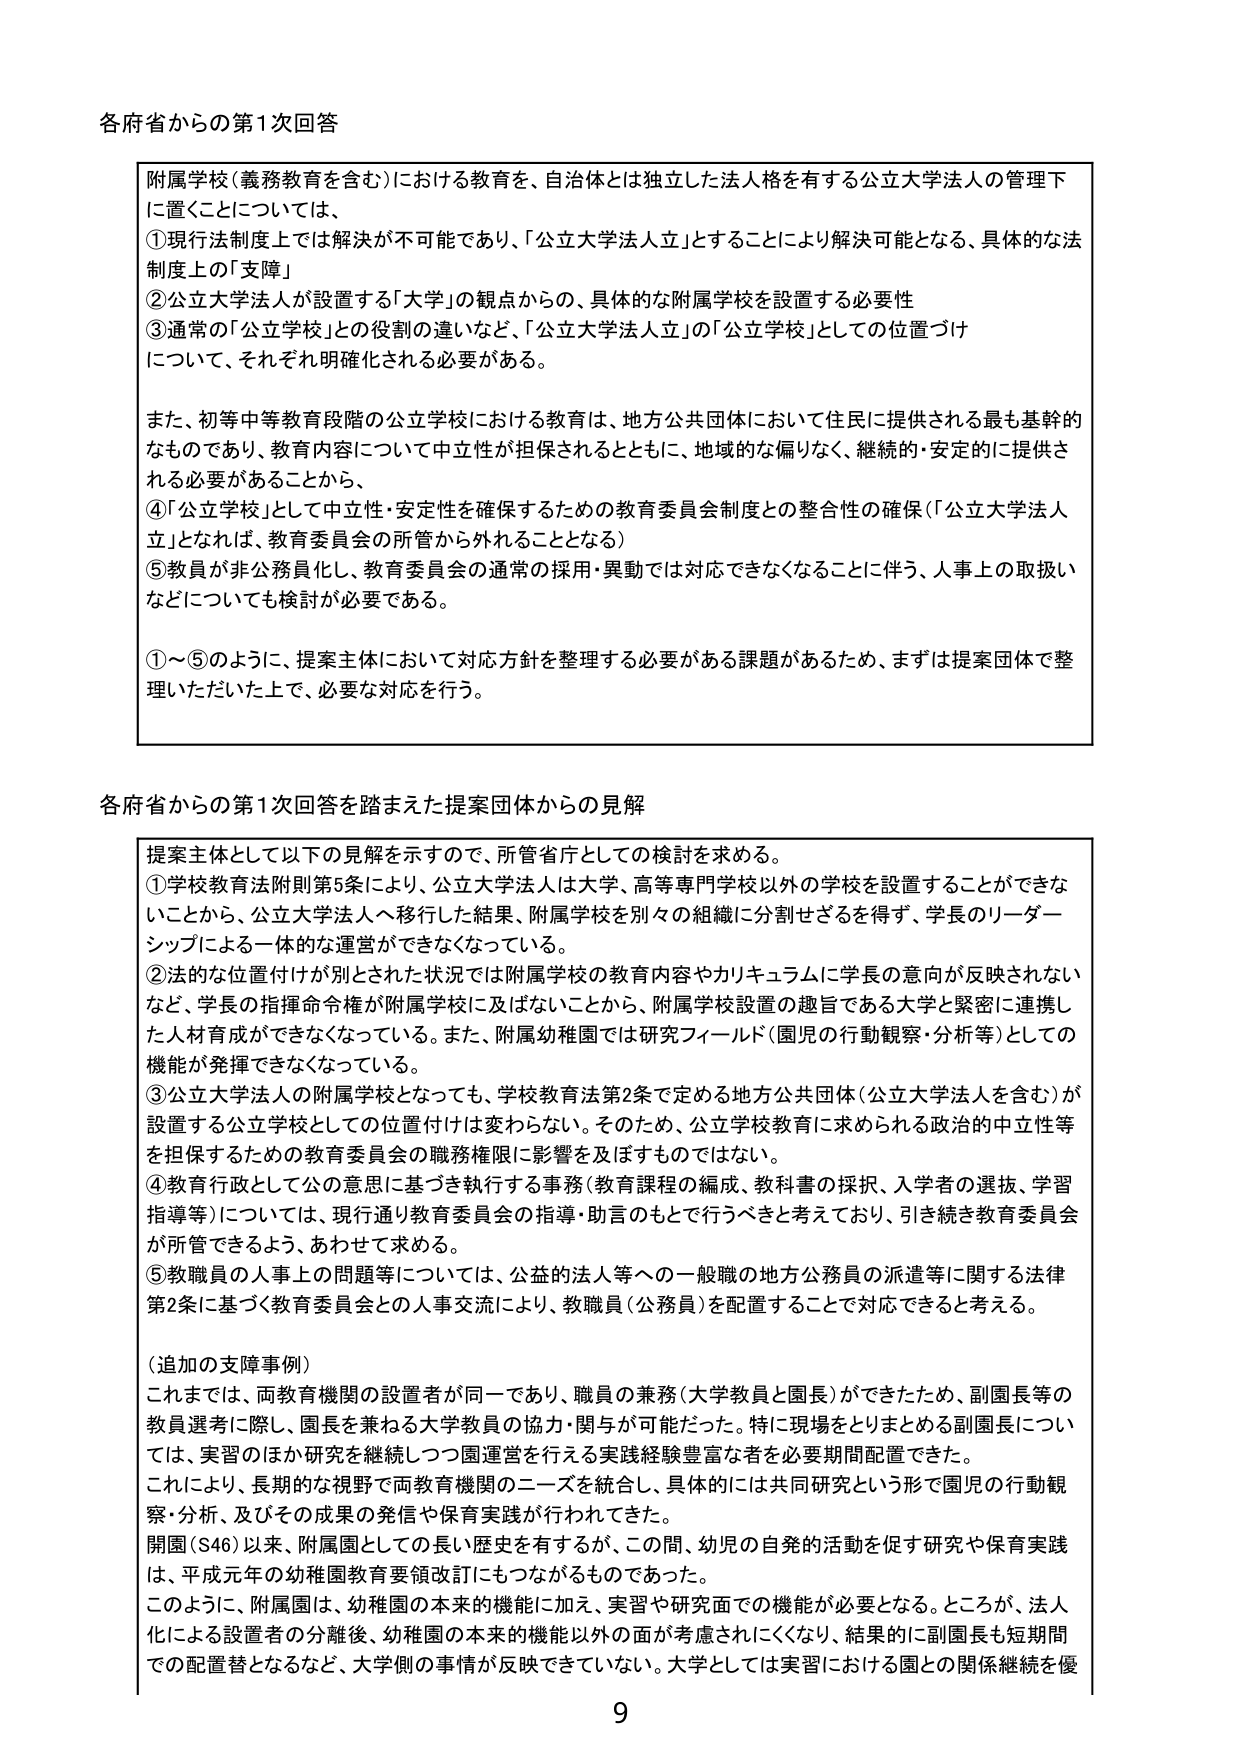
各府省からの第1次回答

附属学校（義務教育を含む）における教育を、自治体とは独立した法人格を有する公立大学法人の管理下に置くことについては、
①現行法制度上では解決が不可能であり、「公立大学法人立」とすることにより解決可能となる、具体的な法制度上の「支障」
②公立大学法人が設置する「大学」の観点からの、具体的な附属学校を設置する必要性
③通常の「公立学校」との役割の違いなど、「公立大学法人立」の「公立学校」としての位置づけについて、それぞれ明確化される必要がある。

また、初等中等教育段階の公立学校における教育は、地方公共団体において住民に提供される最も基幹的なものであり、教育内容について中立性が担保されるとともに、地域的な偏りなく、継続的・安定的に提供される必要があることから、
④「公立学校」として中立性・安定性を確保するための教育委員会制度との整合性の確保（「公立大学法人立」となれば、教育委員会の所管から外れることとなる）
⑤教員が非公務員化し、教育委員会の通常の採用・異動では対応できなくなることに伴う、人事上の取扱いなどについても検討が必要である。

①～⑤のように、提案主体において対応方針を整理する必要がある課題があるため、まずは提案団体で整理いただいた上で、必要な対応を行う。

各府省からの第1次回答を踏まえた提案団体からの見解

提案主体として以下の見解を示すので、所管省庁としての検討を求める。
①学校教育法附則第5条により、公立大学法人は大学、高等専門学校以外の学校を設置することができないことから、公立大学法人へ移行した結果、附属学校を別々の組織に分割せざるを得ず、学長のリーダーシップによる一体的な運営ができなくなっている。
②法的な位置付けが別とされた状況では附属学校の教育内容やカリキュラムに学長の意向が反映されないなど、学長の指揮命令権が附属学校に及ばないことから、附属学校設置の趣旨である大学と緊密に連携した人材育成ができなくなっている。また、附属幼稚園では研究フィールド（園児の行動観察・分析等）としての機能が発揮できなくなっている。
③公立大学法人の附属学校となっても、学校教育法第2条で定める地方公共団体（公立大学法人を含む）が設置する公立学校としての位置付けは変わらない。そのため、公立学校教育に求められる政治的中立性等を担保するための教育委員会の職務権限に影響を及ぼすものではない。
④教育行政として公の意思に基づき執行する事務（教育課程の編成、教科書の採択、入学者の選抜、学習指導等）については、現行通り教育委員会の指導・助言のもとで行うべきと考えており、引き続き教育委員会が所管できるよう、あわせて求める。
⑤教職員の人事上の問題等については、公益的法人等への一般職の地方公務員の派遣等に関する法律第2条に基づく教育委員会との人事交流により、教職員（公務員）を配置することで対応できると考える。

（追加の支障事例）
これまでは、両教育機関の設置者が同一であり、職員の兼務（大学教員と園長）ができたため、副園長等の教員選考に際し、園長を兼ねる大学教員の協力・関与が可能だった。特に現場をとりまとめる副園長については、実習のほか研究を継続しつつ園運営を行える実践経験豊富な者を必要期間配置できた。
これにより、長期的な視野で両教育機関のニーズを統合し、具体的には共同研究という形で園児の行動観察・分析、及びその成果の発信や保育実践が行われてきた。
開園（S46）以来、附属園としての長い歴史を有するが、この間、幼児の自発的活動を促す研究や保育実践は、平成元年の幼稚園教育要領改訂にもつながるものであった。
このように、附属園は、幼稚園の本来の機能に加え、実習や研究面での機能が必要となる。ところが、法人化による設置者の分離後、幼稚園の本来の機能以外の面が考慮されにくくなり、結果的に副園長も短期間での配置替えとなるなど、大学側の事情が反映できていない。大学としては実習における園との関係継続を優

9